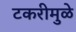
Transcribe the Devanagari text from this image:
टकरीमुळे